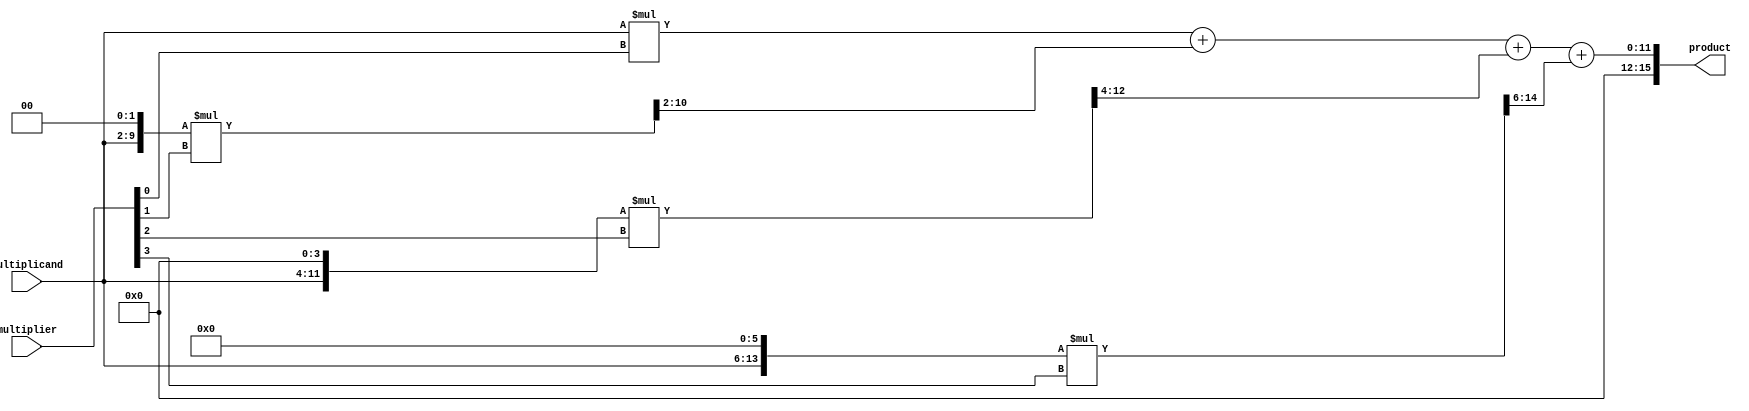
module Radix4_Multiplier(
    input [7:0] multiplicand,
    input [7:0] multiplier,
    output reg [15:0] product
);

reg [15:0] partial_product [3:0];
reg [31:0] accumulator;

always @(*)
begin
    partial_product[0] = multiplicand * (multiplier[0] & 1'b1);
    partial_product[1] = (multiplicand << 2) * (multiplier[1] & 1'b1);
    partial_product[2] = (multiplicand << 4) * (multiplier[2] & 1'b1);
    partial_product[3] = (multiplicand << 6) * (multiplier[3] & 1'b1);
    
    accumulator = partial_product[0] + (partial_product[1] >> 2) + (partial_product[2] >> 4) + (partial_product[3] >> 6);
end

assign product = accumulator;

endmodule